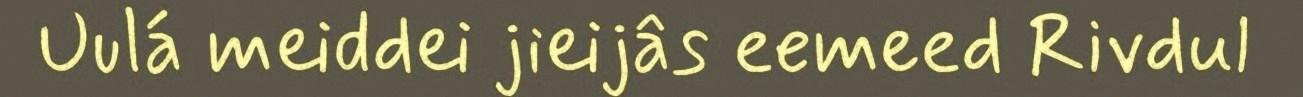
Uulá meiddei jieijâs eemeed Rivdul